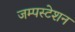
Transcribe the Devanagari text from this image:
जम्पस्टेशन